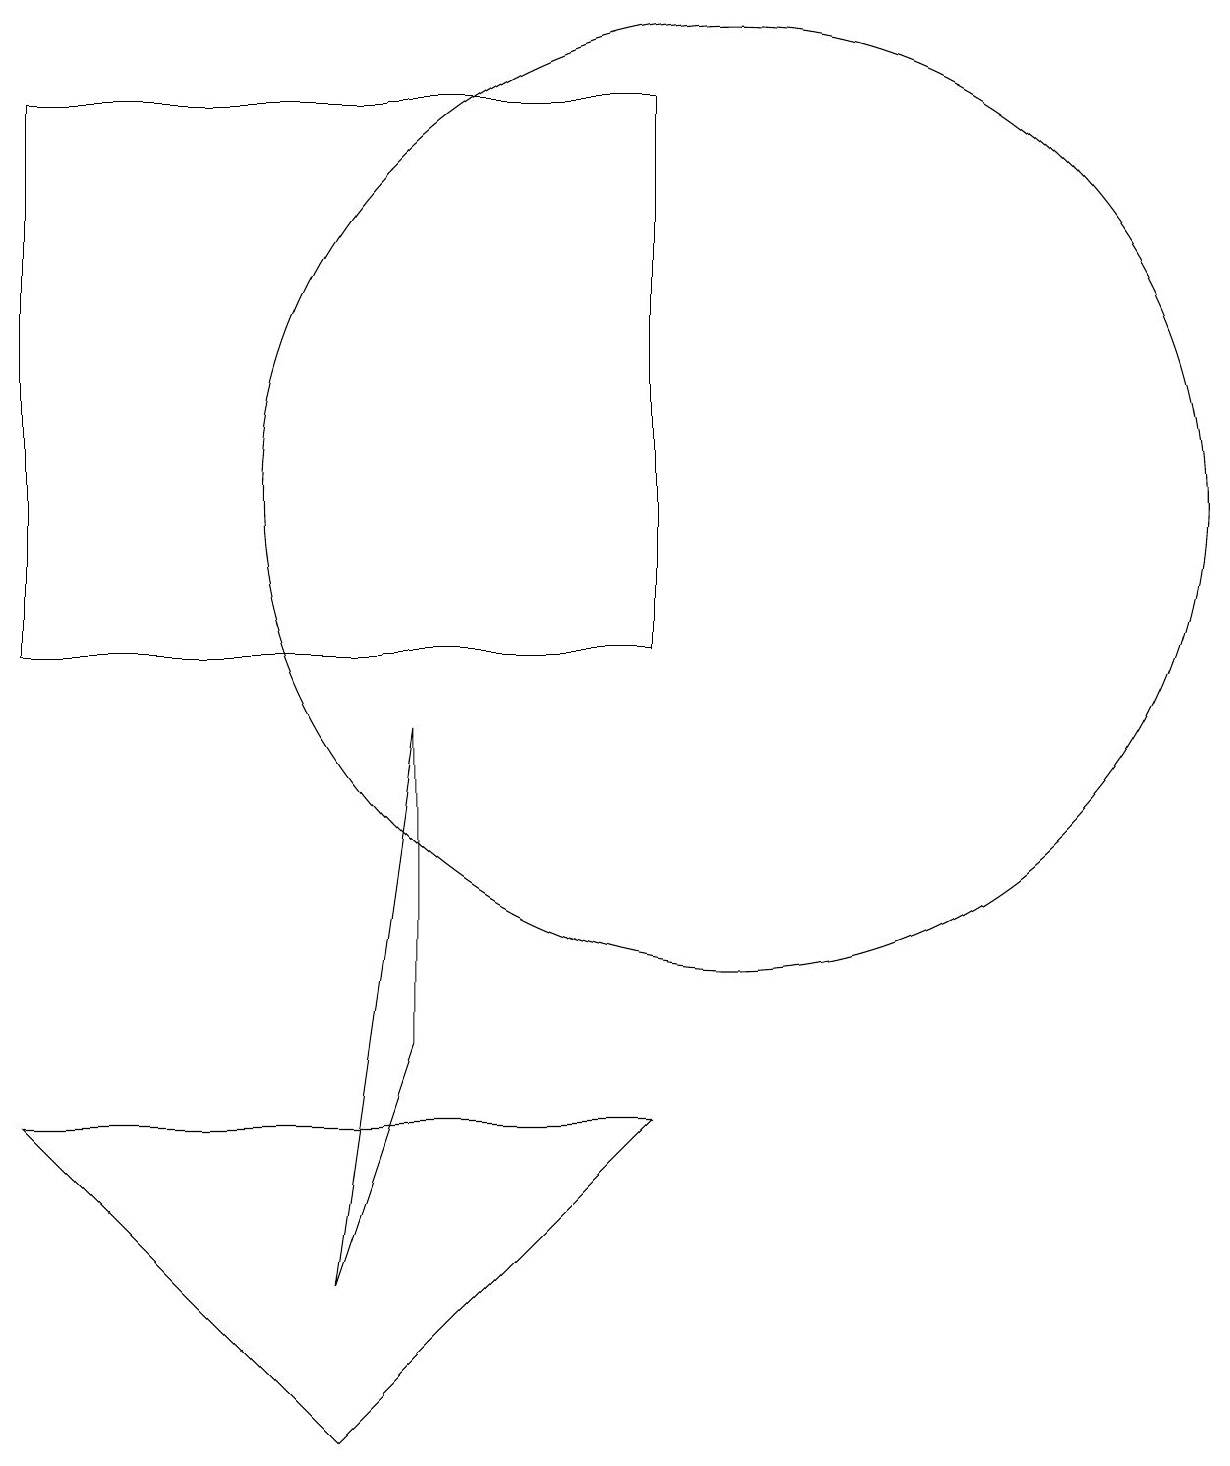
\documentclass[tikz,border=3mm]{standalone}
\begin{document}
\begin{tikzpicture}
\draw (10,12) circle (6);
\draw (6,5) -- (6,9) -- (5,2) -- cycle;
\draw (5,0) -- (9,4) -- (1,4) -- cycle;
\draw (9,10) rectangle (1,17);
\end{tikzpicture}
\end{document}